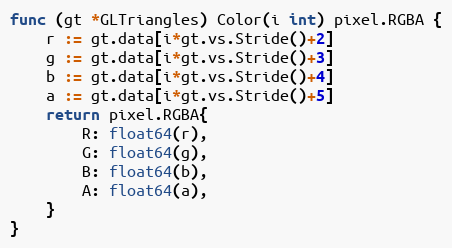
Language: Go
func (gt *GLTriangles) Color(i int) pixel.RGBA {
	r := gt.data[i*gt.vs.Stride()+2]
	g := gt.data[i*gt.vs.Stride()+3]
	b := gt.data[i*gt.vs.Stride()+4]
	a := gt.data[i*gt.vs.Stride()+5]
	return pixel.RGBA{
		R: float64(r),
		G: float64(g),
		B: float64(b),
		A: float64(a),
	}
}